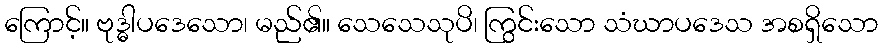
ကြောင့်။ ဗုဒ္ဓါပဒေသော၊ မည်၏။ သေသေသုပိ၊ ကြွင်းသော သံဃာပဒေသ အစရှိသော